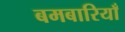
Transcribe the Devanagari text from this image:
बमबारियाँ